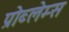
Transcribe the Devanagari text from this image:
प्रोब्लेम्स